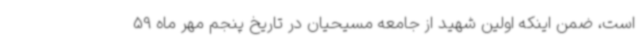
است، ضمن اینکه اولین شهید از جامعه مسیحیان در تاریخ پنجم مهر ماه 59